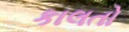
કાલતો